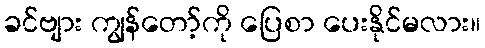
ခင်ဗျား ကျွန်တော့်ကို ပြေစာ ပေးနိုင်မလား။